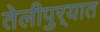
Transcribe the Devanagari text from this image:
तेलीपुर्‍यात